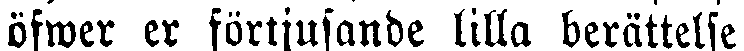
öfwer er förtjusande lilla berättelse